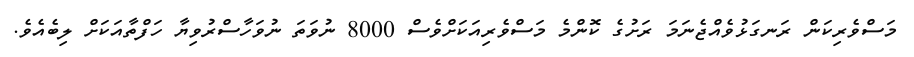
މަސްވެރިކަން ރަނގަޅުވެއްޖެނަމަ ރަށުގެ ކޮންމެ މަސްވެރިއަކަށްވެސް 8000 ނުވަތަ ނުވަހާސްރުވިޔާ ހަފްތާއަކަށް ލިބެއެވެ.